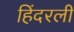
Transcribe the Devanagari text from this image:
हिंदरली